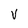
Character: V